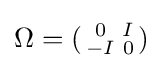
\Omega =({\begin{smallmatrix}0&I\\-I&0\end{smallmatrix}})